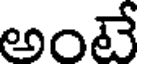
అంటే